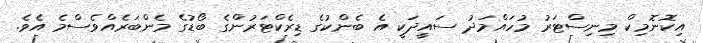
އިކޮނޮމިކް މިނިސްޓަރު މުހައްމަދު ސައީދަކީ އެ ބެންކުގެ ޑިރެކްޓަރުންގެ ބޯޑުގެ މެންބަރެއްވެސްމެ އެވެ.